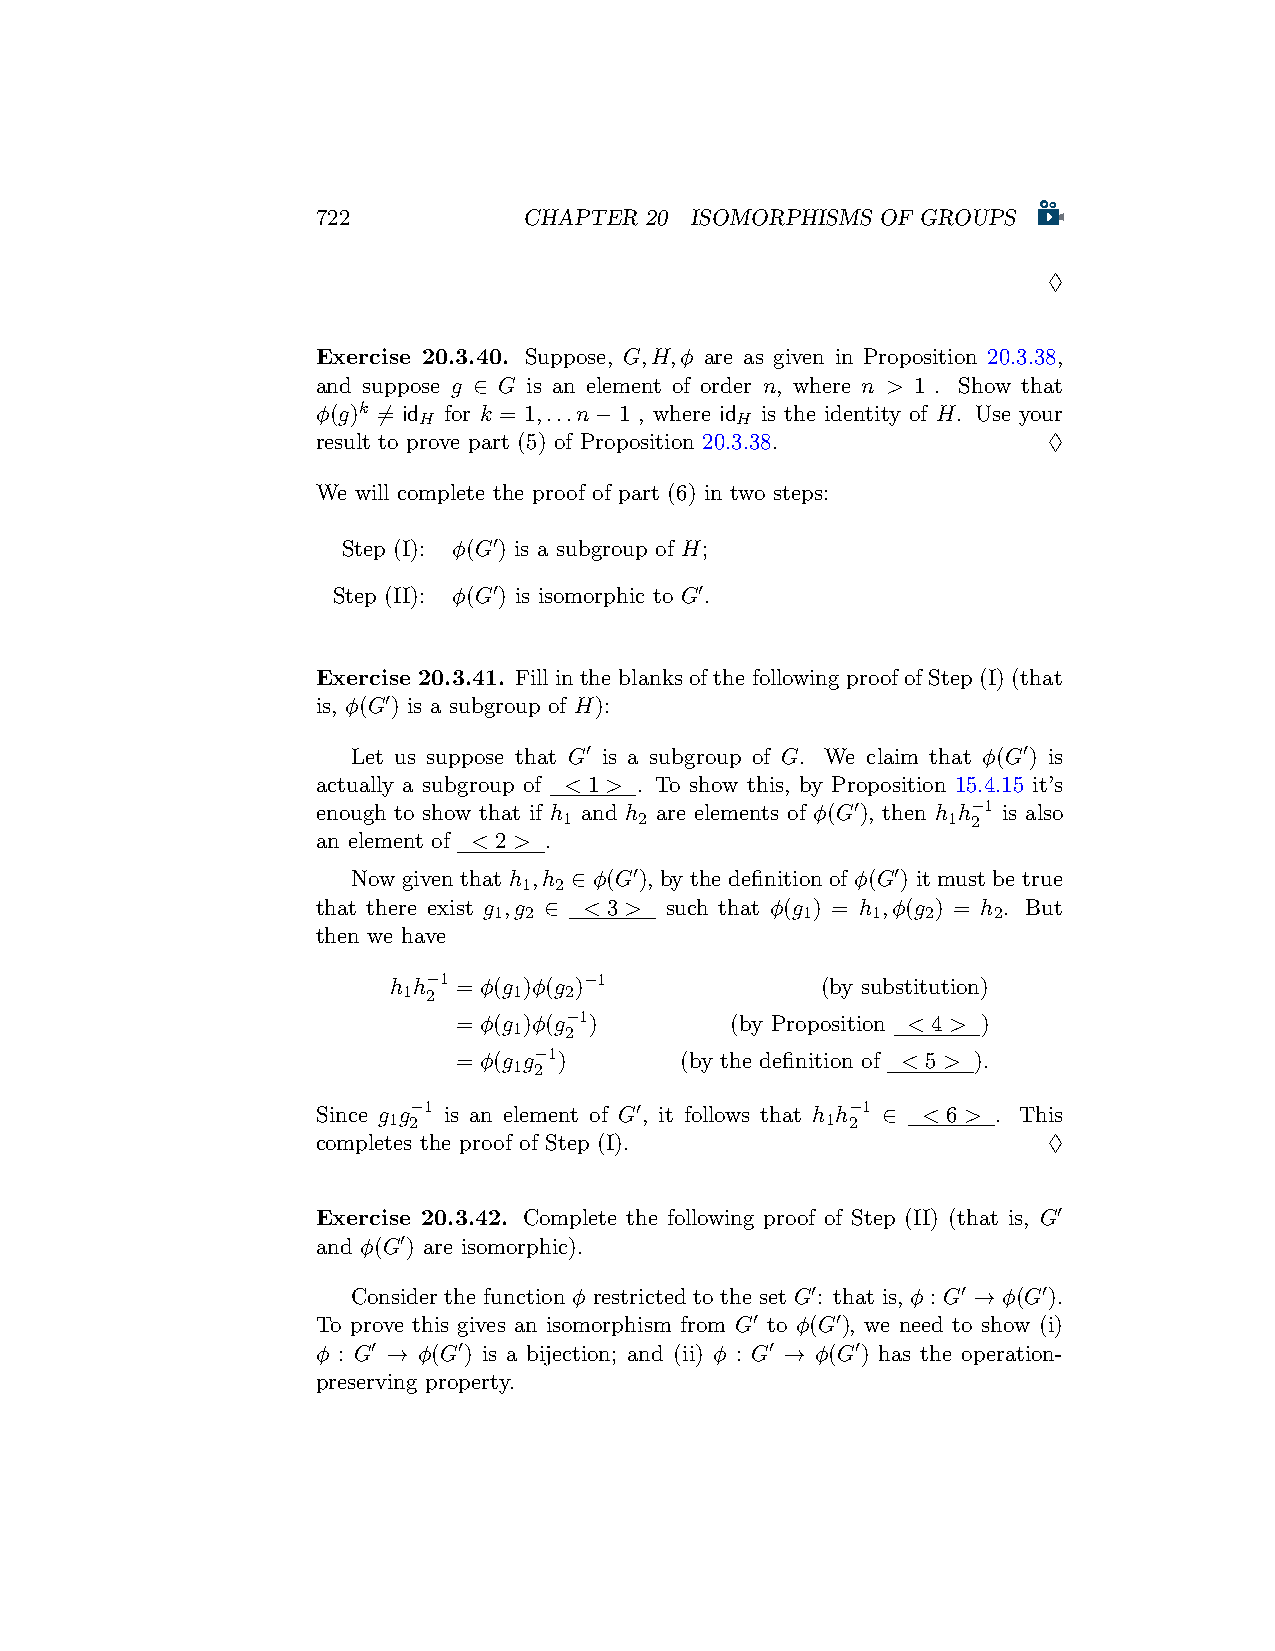
722           CHAPTER 20 ISOMORPHISMS OF GROUPS
 ♢
 Exercise 20.3.40. Suppose, G,H,ϕ are as given in Proposition 20.3.38,
 and suppose g ∈ G is an element of order n, where n > 1 . Show that
 ϕ(g)k ̸= id for k = 1,...n−1 , where id is the identity of H. Use your
 H                    H
 result to prove part (5) of Proposition 20.3.38. ♢
 We will complete the proof of part (6) in two steps:
 Step (I): ϕ(G′) is a subgroup of H;
 Step (II): ϕ(G′) is isomorphic to G′.
 Exercise 20.3.41. Fill in the blanks of the following proof of Step (I) (that
 is, ϕ(G′) is a subgroup of H):
 Let us suppose that G′ is a subgroup of G. We claim that ϕ(G′) is
 actually a subgroup of < 1 > . To show this, by Proposition 15.4.15 it’s
 enough to show that if h and h are elements of ϕ(G′), then h h−1 is also
 1    2                    1 2
 an element of < 2 > .
 Now given that h ,h ∈ ϕ(G′), by the definition of ϕ(G′) it must be true
 1 2
 that there exist g ,g ∈ < 3 > such that ϕ(g ) = h ,ϕ(g ) = h . But
 1 2                 1    1  2    2
 then we have
 h h−1 = ϕ(g )ϕ(g )−1        (by substitution)
 1 2    1  2
 = ϕ(g )ϕ(g−1)     (by Proposition < 4 > )
 1  2
 = ϕ(g g−1)     (by the definition of < 5 > ).
 1 2
 Since g g−1 is an element of G′, it follows that h h−1 ∈ < 6 > . This
 1 2                          1 2
 completes the proof of Step (I).                ♢
 Exercise 20.3.42. Complete the following proof of Step (II) (that is, G′
 and ϕ(G′) are isomorphic).
 Consider the function ϕ restricted to the set G′: that is, ϕ : G′ → ϕ(G′).
 To prove this gives an isomorphism from G′ to ϕ(G′), we need to show (i)
 ϕ : G′ → ϕ(G′) is a bijection; and (ii) ϕ : G′ → ϕ(G′) has the operation-
 preserving property.